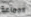
الجماعة